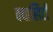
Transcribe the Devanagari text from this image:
क्यालिटी